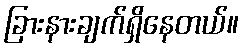
ခြားနားချက်ရှိနေတယ်။